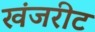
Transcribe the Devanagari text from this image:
खंजरीट